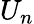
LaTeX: U_{n}